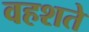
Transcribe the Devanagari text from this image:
वहशते